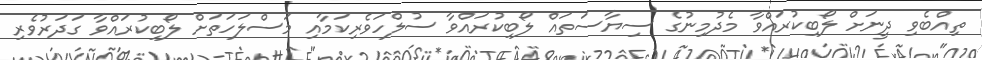
ތިއްބެވި ދީނަށް ލޯބިކުރައްވާ މެދުމިނުގެ ސިޔާސަތައް ލޯބިކުރައްވާ ސުލްހަވެރިކަމާއި މަސްލަހަތަށް ލޯބިކުރައްވާ ގަދަރުވެރި